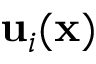
\mathbf { u } _ { i } ( \mathbf { x } )